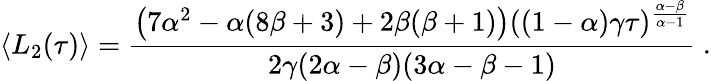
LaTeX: \langle L_{2}(\tau)\rangle=\frac{\left(7\alpha^{2}-\alpha(8\beta+3)+2\beta(\beta+1)\right)((1-\alpha)\gamma\tau)^{\frac{\alpha-\beta}{\alpha-1}}}{2\gamma(2\alpha-\beta)(3\alpha-\beta-1)}\ .